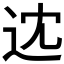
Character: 𨑻